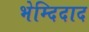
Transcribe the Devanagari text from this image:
भेम्दिदाद